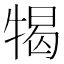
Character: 㹇